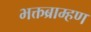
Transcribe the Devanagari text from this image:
भक्तब्राम्हण